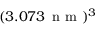
( 3 . 0 7 3 \, \textrm { n m } ) ^ { 3 }